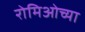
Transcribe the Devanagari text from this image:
रोमिओच्या